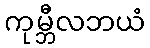
ကုမ္ဘီလဘယံ